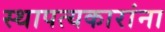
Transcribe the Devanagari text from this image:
स्थापत्यकारांना